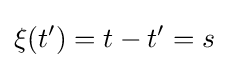
\xi (t')=t-t'=s